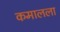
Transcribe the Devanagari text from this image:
कमालला